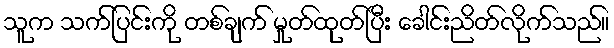
သူက သက်ပြင်းကို တစ်ချက် မှုတ်ထုတ်ပြီး ခေါင်းညိတ်လိုက်သည်။